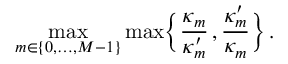
\operatorname* { m a x } _ { m \in \{ 0 , \ldots , M - 1 \} } \operatorname* { m a x } \biggl \{ \frac { \kappa _ { m } } { \kappa _ { m } ^ { \prime } } \, , \frac { \kappa _ { m } ^ { \prime } } { \kappa _ { m } } \biggr \} \, .